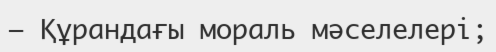
– Құрандағы мораль мəселелері;